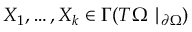
X _ { 1 } , \ldots , X _ { k } \in \Gamma ( T \Omega \mid _ { \partial \Omega } )